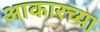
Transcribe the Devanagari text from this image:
आकारच्या